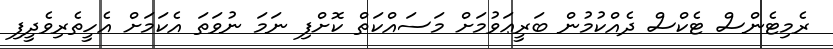
ރެމިޓެންސް ޓެކްސް ދެއްކުމުން ބަރީޢަވުމަށް މަސައްކަތް ކޮށްފި ނަމަ ނުވަތަ އެކަމަށް އެހީތެރިވެދީފި